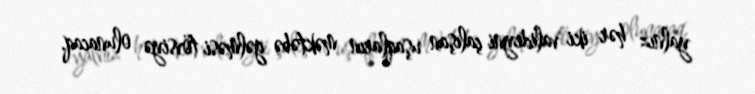
yalnız hər iki valideyni çalışan uşaqların məktəbə gəlməsi tövsiyə olunacaq.